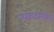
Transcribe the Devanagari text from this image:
ताकदीनीशी